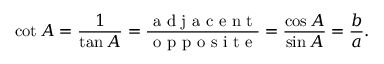
\cot A = { \frac { 1 } { \tan A } } = { \frac { \textrm { a d j a c e n t } } { \textrm { o p p o s i t e } } } = { \frac { \cos A } { \sin A } } = { \frac { b } { a } } .